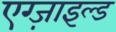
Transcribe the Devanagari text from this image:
एग्ज़ाइल्ड